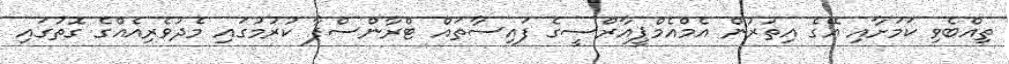
ތިއްބެވި ކަމަށާއި އޭގެ އިތުރުން އެމްއެމްޕީއާރްސީގެ ފައިސާތައް ޓްރާންސްފާ ކުރުމުގައި މެދުވެރިއެއްގެ ގޮތުގައި